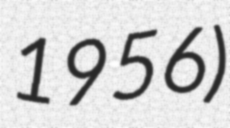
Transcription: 1956)